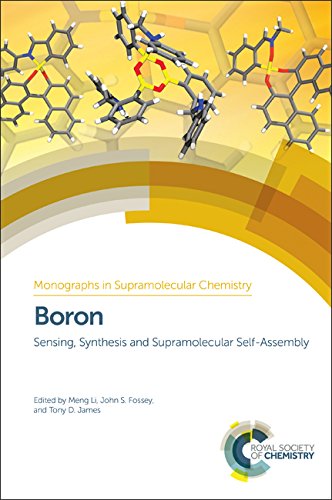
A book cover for Boron: Sensing, Synthesis and Supramolecular Self-Assembly (Monographs in Supramolecular Chemistry); Engineering & Transportation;